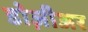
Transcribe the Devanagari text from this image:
डोज़ीअर